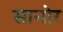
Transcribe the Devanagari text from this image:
सानोर